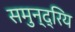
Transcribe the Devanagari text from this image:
समुन्द्रिय